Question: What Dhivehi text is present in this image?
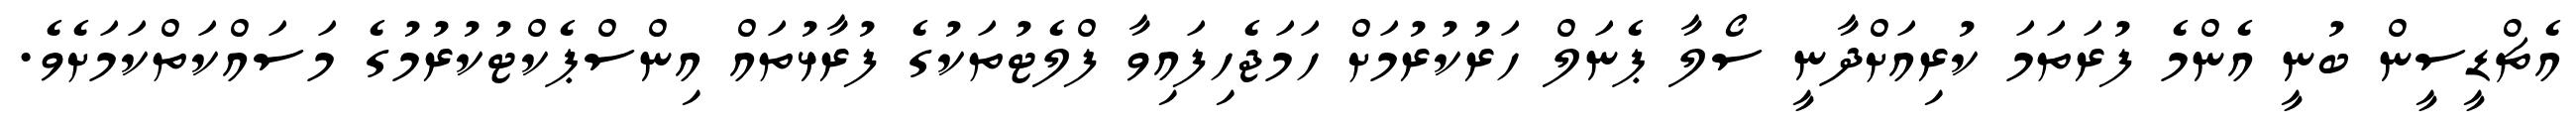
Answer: އެޗްޑީސީން ބުނީ އެންމެ ފުރަތަމަ ކުރިއަށްދާނީ ސޯލާ ޕެނަލް ހަރުކުރުމަށް ހަމަޖެހިފައިވާ ފްލެޓުތަކުގެ ފުރާޅުތައް އިންސްޕެކްޓުކުރުމުގެ މަސައްކަތްކަމަށެވެ.